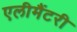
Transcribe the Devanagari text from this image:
एलीमैंटरी